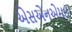
એસએનએમઇ